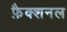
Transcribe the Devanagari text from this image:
फ़ैक्शनल